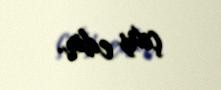
çıxış edir.